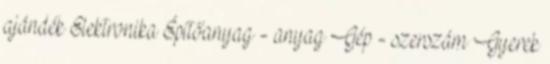
ajándék Elektronika Építőanyag - anyag Gép - szerszám Gyerek